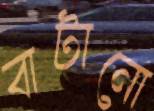
বাটানো